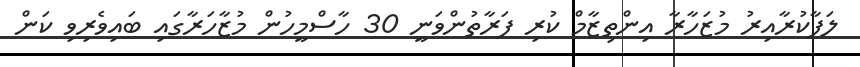
ލަފާކުރާއިރު މުޒަހާރާ އިންތިޒާމް ކުރި ފަރާތުންވަނީ 30 ހާސްމީހުން މުޒާހަރާގައި ބައިވެރިވި ކަން